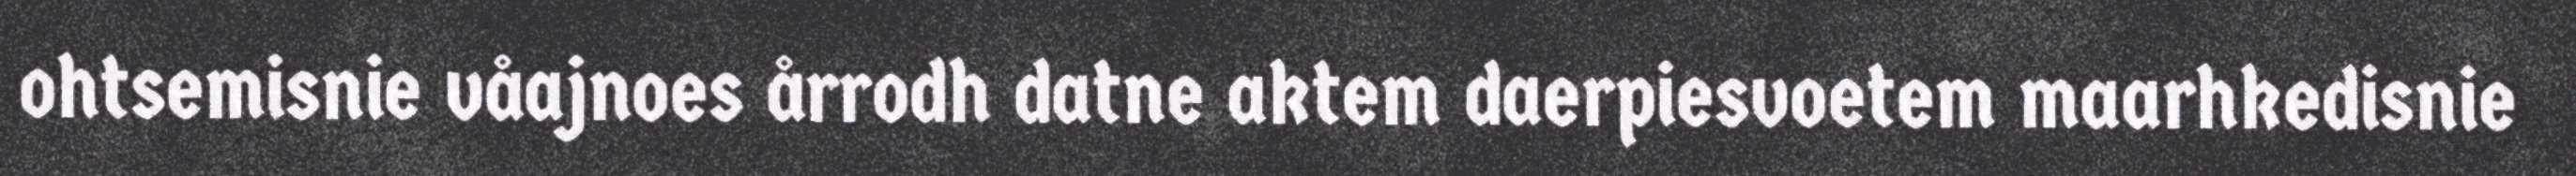
ohtsemisnie våajnoes årrodh datne aktem daerpiesvoetem maarhkedisnie